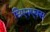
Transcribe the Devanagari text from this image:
सिएनएक्स